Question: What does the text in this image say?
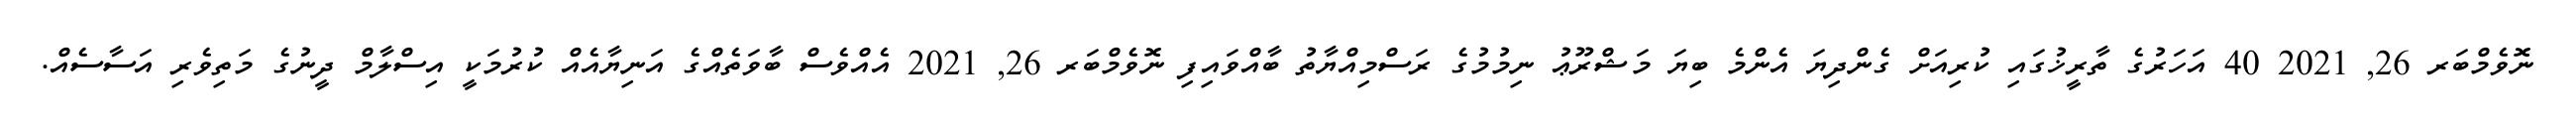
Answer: ނޮވެމްބަރ 26, 2021 40 އަހަރުގެ ތާރީޚުގައި ކުރިއަށް ގެންދިޔަ އެންމެ ބިޔަ މަޝްރޫޢު ނިމުމުގެ ރަސްމިއްޔާތު ބާއްވައިފި ނޮވެމްބަރ 26, 2021 އެއްވެސް ބާވަތެއްގެ އަނިޔާއެއް ކުރުމަކީ އިސްލާމް ދީނުގެ މަތިވެރި އަސާސެއް.